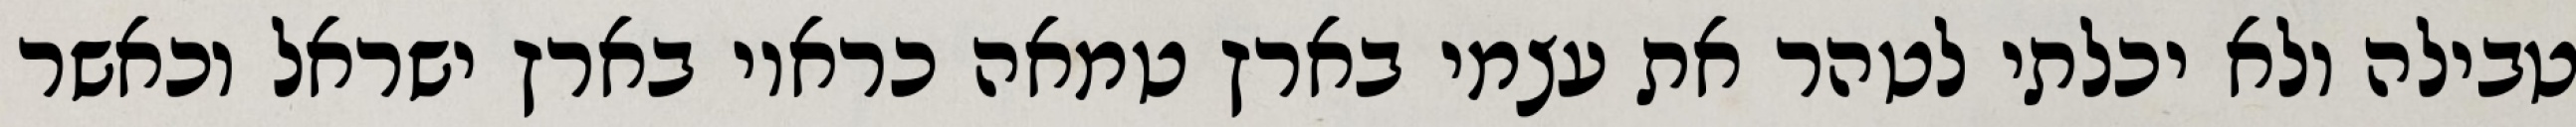
טבילה ולא יכלתי לטהר את עצמי בארץ טמאה כראוי בארץ ישראל וכאשר